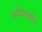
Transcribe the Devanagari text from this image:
कविताक्षेत्र